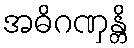
အဓိဂဏှန္တိ